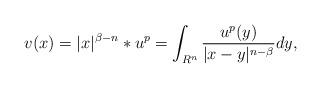
LaTeX: \begin{align*}v(x)=|x|^{\beta-n}\ast u^p=\int_{R^n}\frac{u^p(y)}{|x-y|^{n-\beta}}dy,\end{align*}